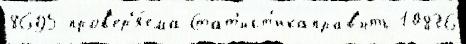
8695 пров'ер'я́ема Стат'ист'икаправ'ить 10836